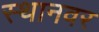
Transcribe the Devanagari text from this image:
स्थानवर